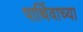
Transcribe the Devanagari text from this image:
पार्थिवाच्या